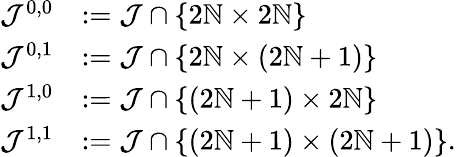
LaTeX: \begin{array}{rl}{\mathcal{J}^{0,0}}&{:=\mathcal{J}\cap\lbrace 2{\mathbb N}\times 2{\mathbb N}\rbrace}\\ {\mathcal{J}^{0,1}}&{:=\mathcal{J}\cap\lbrace 2{\mathbb N}\times(2{\mathbb N}+1)\rbrace}\\ {\mathcal{J}^{1,0}}&{:=\mathcal{J}\cap\lbrace(2{\mathbb N}+1)\times 2{\mathbb N}\rbrace}\\ {\mathcal{J}^{1,1}}&{:=\mathcal{J}\cap\lbrace(2{\mathbb N}+1)\times(2{\mathbb N}+1)\rbrace.}\end{array}